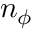
n _ { \phi }